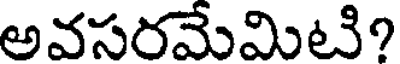
అవసరమేమిటి?